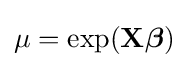
\mu =\exp(\mathbf {X} {\boldsymbol {\beta }})\,\!